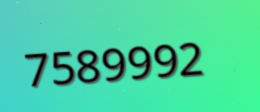
7589992